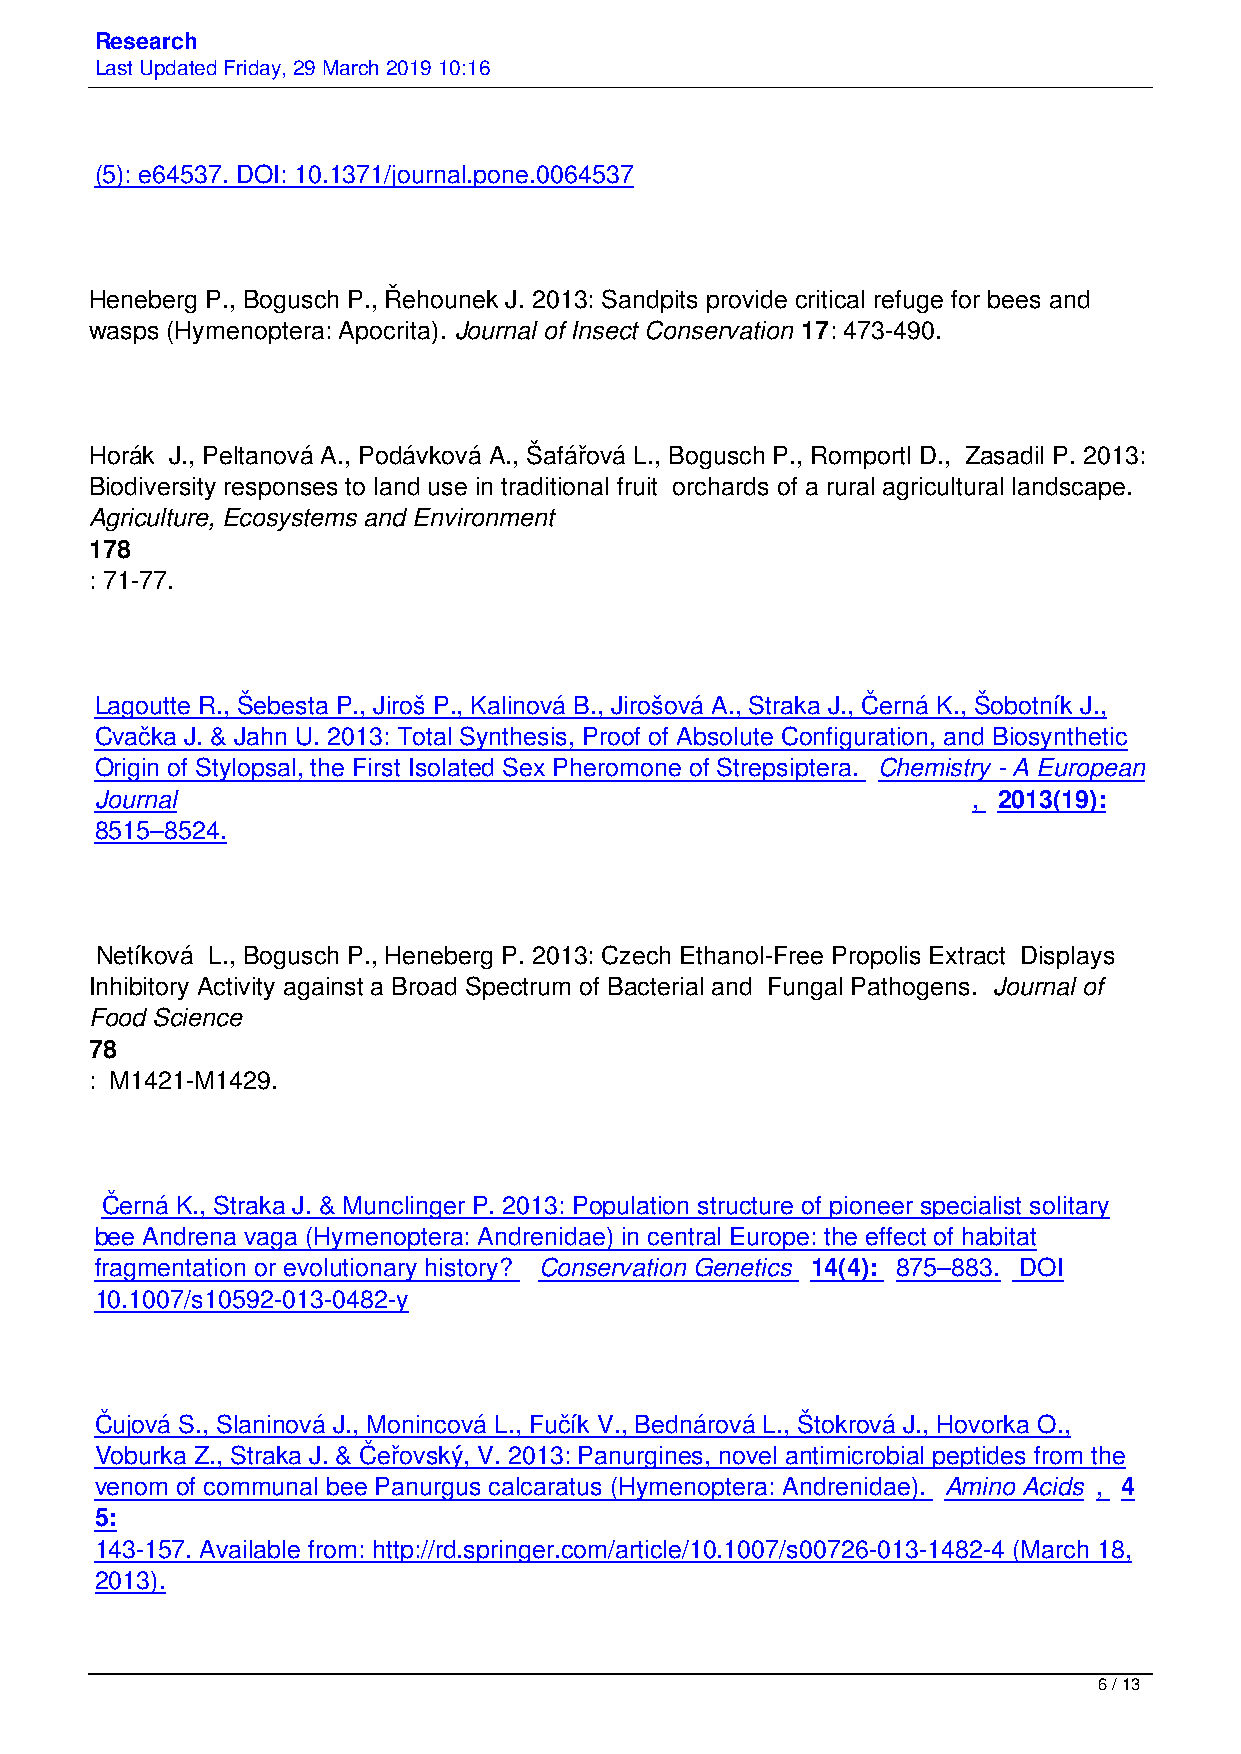
Research
 Last Updated Friday, 29 March 2019 10:16
 (5): e64537. DOI: 10.1371/journal.pone.0064537
 Heneberg P., Bogusch P., Řehounek J. 2013: Sandpits provide critical refuge for bees and
 wasps (Hymenoptera: Apocrita). Journal of Insect Conservation 17: 473-490.
 Horák J., Peltanová A., Podávková A., Šafářová L., Bogusch P., Romportl D., Zasadil P. 2013:
 Biodiversity responses to land use in traditional fruit orchards of a rural agricultural landscape.
 Agriculture, Ecosystems and Environment
 178
 : 71-77.
 Lagoutte R., Šebesta P., Jiroš P., Kalinová B., Jirošová A., Straka J., Černá K., Šobotník J.,
 Cvačka J. & Jahn U. 2013: Total Synthesis, Proof of Absolute Configuration, and Biosynthetic
 Origin of Stylopsal, the First Isolated Sex Pheromone of Strepsiptera. Chemistry - A European
 Journal                                                   , 2013(19):
 8515–8524.
 Netíková L., Bogusch P., Heneberg P. 2013: Czech Ethanol-Free Propolis Extract Displays
 Inhibitory Activity against a Broad Spectrum of Bacterial and Fungal Pathogens. Journal of
 Food Science
 78
 : M1421-M1429.
 Černá K., Straka J. & Munclinger P. 2013: Population structure of pioneer specialist solitary
 bee Andrena vaga (Hymenoptera: Andrenidae) in central Europe: the effect of habitat
 fragmentation or evolutionary history? Conservation Genetics 14(4): 875–883. DOI
 10.1007/s10592-013-0482-y
 Čujová S., Slaninová J., Monincová L., Fučík V., Bednárová L., Štokrová J., Hovorka O.,
 Voburka Z., Straka J. & Čeřovský, V. 2013: Panurgines, novel antimicrobial peptides from the
 venom of communal bee Panurgus calcaratus (Hymenoptera: Andrenidae). Amino Acids , 4
 5:
 143-157. Available from: http://rd.springer.com/article/10.1007/s00726-013-1482-4 (March 18,
 2013).
 6 / 13